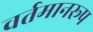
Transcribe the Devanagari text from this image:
वर्तमानरूप